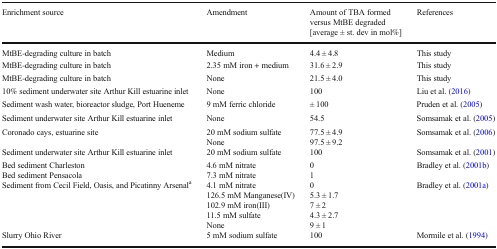
<table><thead><tr><td><b>Enrichment source</b></td><td><b>Amendment</b></td><td><b>Amount of TBA formed versus MtBE degraded [average ± st. dev in mol%]</b></td><td><b>References</b></td></tr></thead><tbody><tr><td>MtBE-degrading culture in batch</td><td>Medium</td><td>4.4 ± 4.8</td><td>This study</td></tr><tr><td>MtBE-degrading culture in batch</td><td>2.35 mM iron + medium</td><td>31.6 ± 2.9</td><td>This study</td></tr><tr><td>MtBE-degrading culture in batch</td><td>None</td><td>21.5 ± 4.0</td><td>This study</td></tr><tr><td>10% sediment underwater site Arthur Kill estuarine inlet</td><td>None</td><td>100</td><td>Liu et al. (2016)</td></tr><tr><td>Sediment wash water, bioreactor sludge, Port Hueneme</td><td>9 mM ferric chloride</td><td>± 100</td><td>Pruden et al. (2005)</td></tr><tr><td>Sediment underwater site Arthur Kill estuarine inlet</td><td>None</td><td>54.5</td><td>Somsamak et al. (2005)</td></tr><tr><td>Coronado cays, estuarine site</td><td>20 mM sodium sulfateNone</td><td>77.5 ± 4.997.5 ± 9.2</td><td>Somsamak et al. (2006)</td></tr><tr><td>Sediment underwater site Arthur Kill estuarine inlet</td><td>20 mM sodium sulfate</td><td>100</td><td>Somsamak et al. (2001)</td></tr><tr><td>Bed sediment CharlestonBed sediment Pensacola</td><td>4.6 mM nitrate7.3 mM nitrate</td><td>01</td><td>Bradley et al. (2001b)</td></tr><tr><td>Sediment from Cecil Field, Oasis, and Picatinny Arsenal<sup>a</sup></td><td>4.1 mM nitrate126.5 mM Manganese(IV)102.9 mM iron(III)11.5 mM sulfateNone</td><td>05.3 ± 1.77 ± 24.3 ± 2.79 ± 1</td><td>Bradley et al. (2001a)</td></tr><tr><td>Slurry Ohio River</td><td>5 mM sodium sulfate</td><td>100</td><td>Mormile et al. (1994)</td></tr></tbody></table>